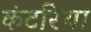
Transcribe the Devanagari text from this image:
कंटरिया